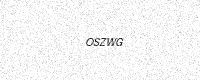
Text: OSZWG